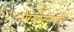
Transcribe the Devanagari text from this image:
समाननामी